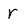
Character: r